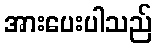
အားပေးပါသည်